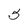
Character: 5